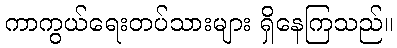
ကာကွယ်ရေးတပ်သားများ ရှိနေကြသည်။